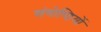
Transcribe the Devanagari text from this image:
संगोष्‍ठियों